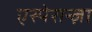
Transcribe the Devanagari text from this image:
एस्पेरान्ज़ा